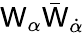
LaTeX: \mathsf{W}_{\alpha}\bar{{\mathsf{W}}}_{\dot{{\alpha}}}